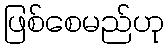
ဖြစ်စေမည်ဟု